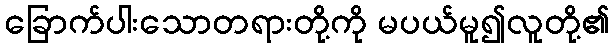
ခြောက်ပါးသောတရားတို့ကို မပယ်မူ၍လူတို့၏